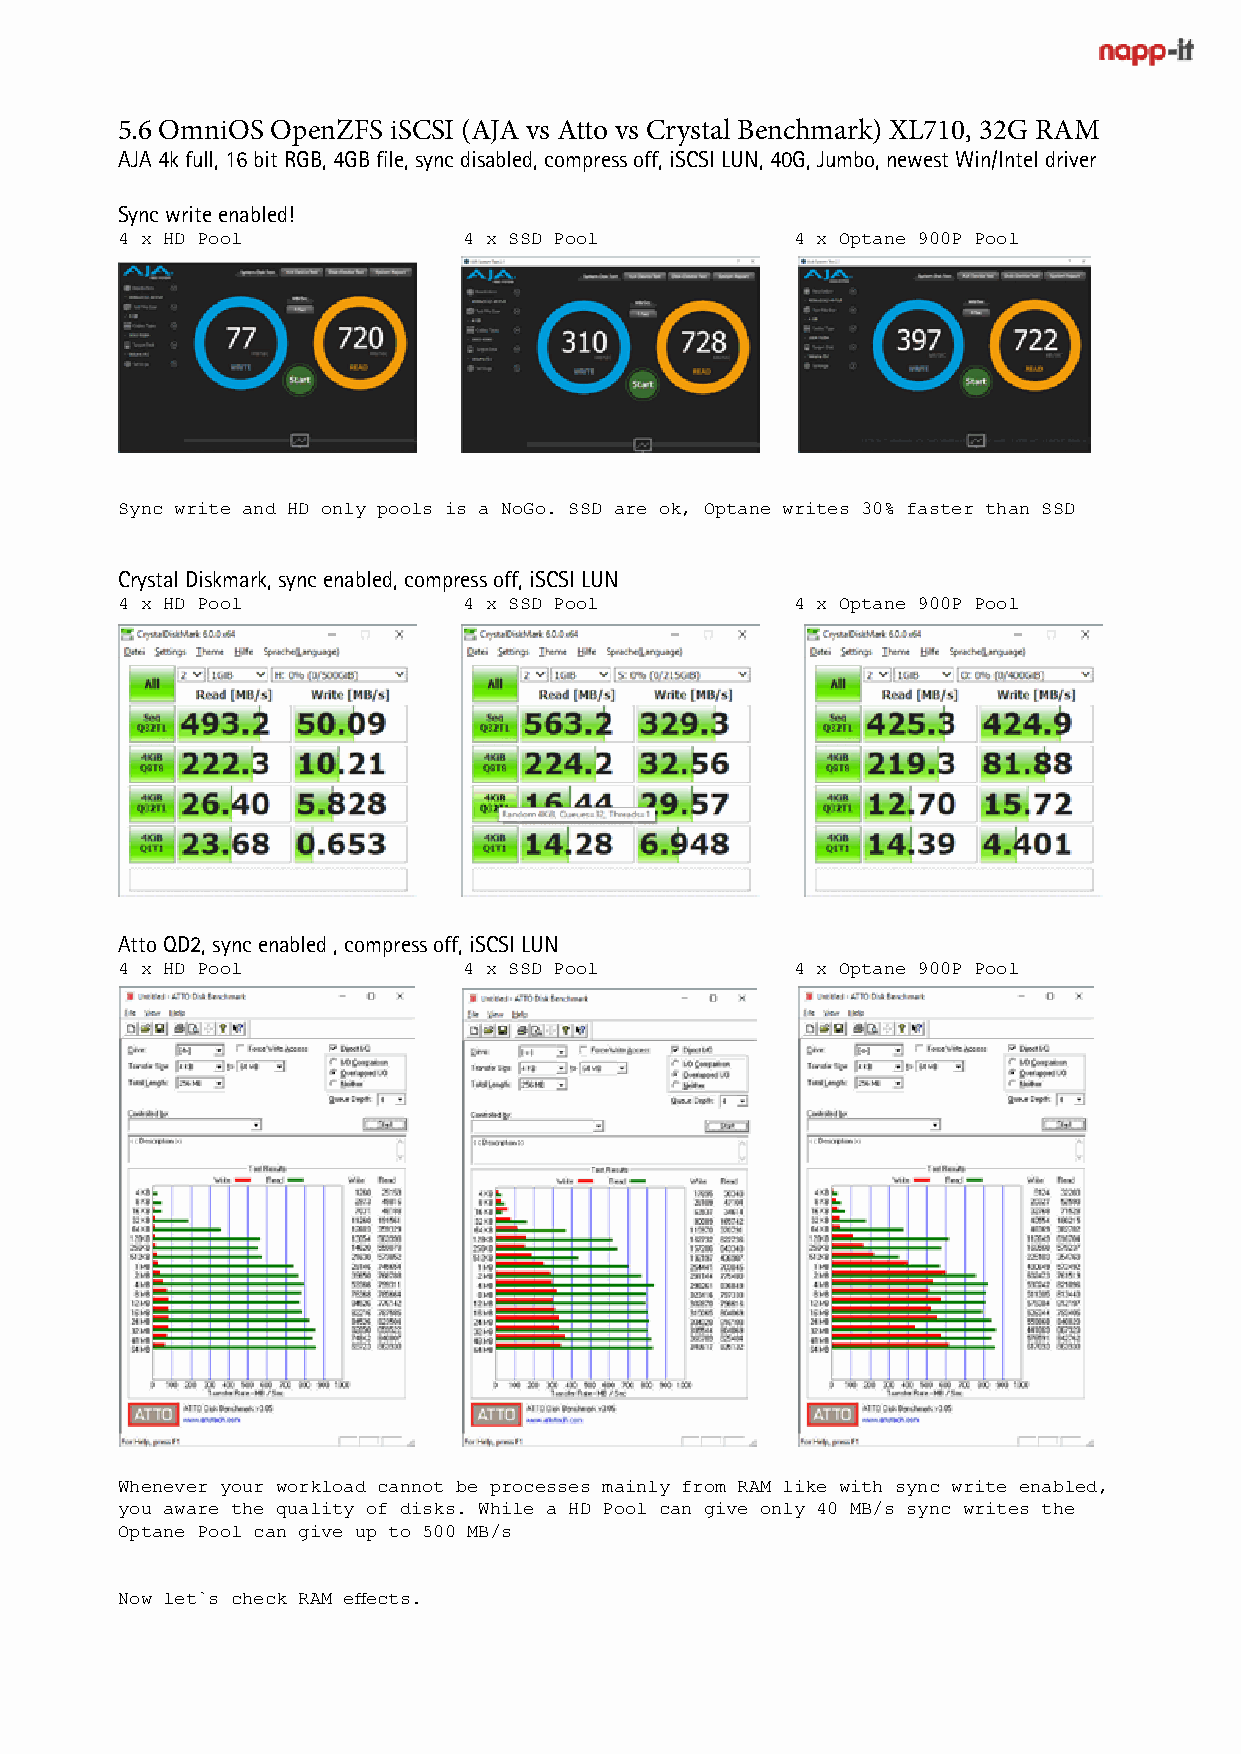
5.6 OmniOS OpenZFS iSCSI (AJA vs Atto vs Crystal Benchmark) XL710, 32G RAM
 AJA 4k full, 16 bit RGB, 4GB file, sync disabled, compress off, iSCSI LUN, 40G, Jumbo, newest Win/Intel driver
 Sync write enabled!
 4 x HD Pool            4 x SSD Pool          4 x Optane 900P Pool
 Sync write and HD only pools is a NoGo. SSD are ok, Optane writes 30% faster than SSD
 Crystal Diskmark, sync enabled, compress off, iSCSI LUN
 4 x HD Pool            4 x SSD Pool          4 x Optane 900P Pool
 Atto QD2, sync enabled , compress off, iSCSI LUN
 4 x HD Pool            4 x SSD Pool          4 x Optane 900P Pool
 Whenever your workload cannot be processes mainly from RAM like with sync write enabled,
 you aware the quality of disks. While a HD Pool can give only 40 MB/s sync writes the
 Optane Pool can give up to 500 MB/s
 Now let`s check RAM effects.